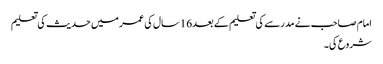
امام صاحب نے مدرسے کی تعلیم کے بعد16سال کی عمر میں حدیث کی تعلیم
شروع کی۔